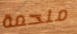
ملحمة